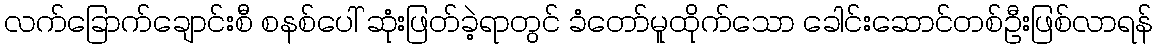
လက်ခြောက်ချောင်းစီ စနစ်ပေါ် ဆုံးဖြတ်ခဲ့ရာတွင် ခံတော်မူထိုက်သော ခေါင်းဆောင်တစ်ဦးဖြစ်လာရန်